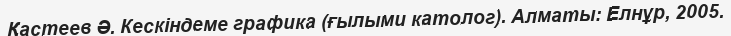
Қастеев Ә. Кескіндеме графика (ғылыми католог). Алматы: Елнұр, 2005.